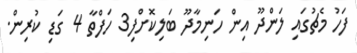
ފަހު މެޗުގައި ލަންދޫ އިން ހަނިމާދޫ ބަލިކޮށްފި3 ހަފްތާ 4 ގަޑި ކުރިން.